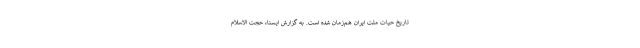
تاریخِ حیات ملّت ایران هم‌زمان شده است. به گزارش ایسنا، حجت الاسلام